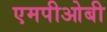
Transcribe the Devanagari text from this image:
एमपीओबी